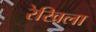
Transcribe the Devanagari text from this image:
रेखिला